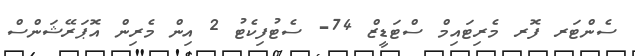
ސެންޓަރ ފޮރ މެރިޓައިމް ސްޓަޑީޒް 74- ސެޓުފިކެޓު 2 އިން މެރިން އޮޕަރޭޝަންސް